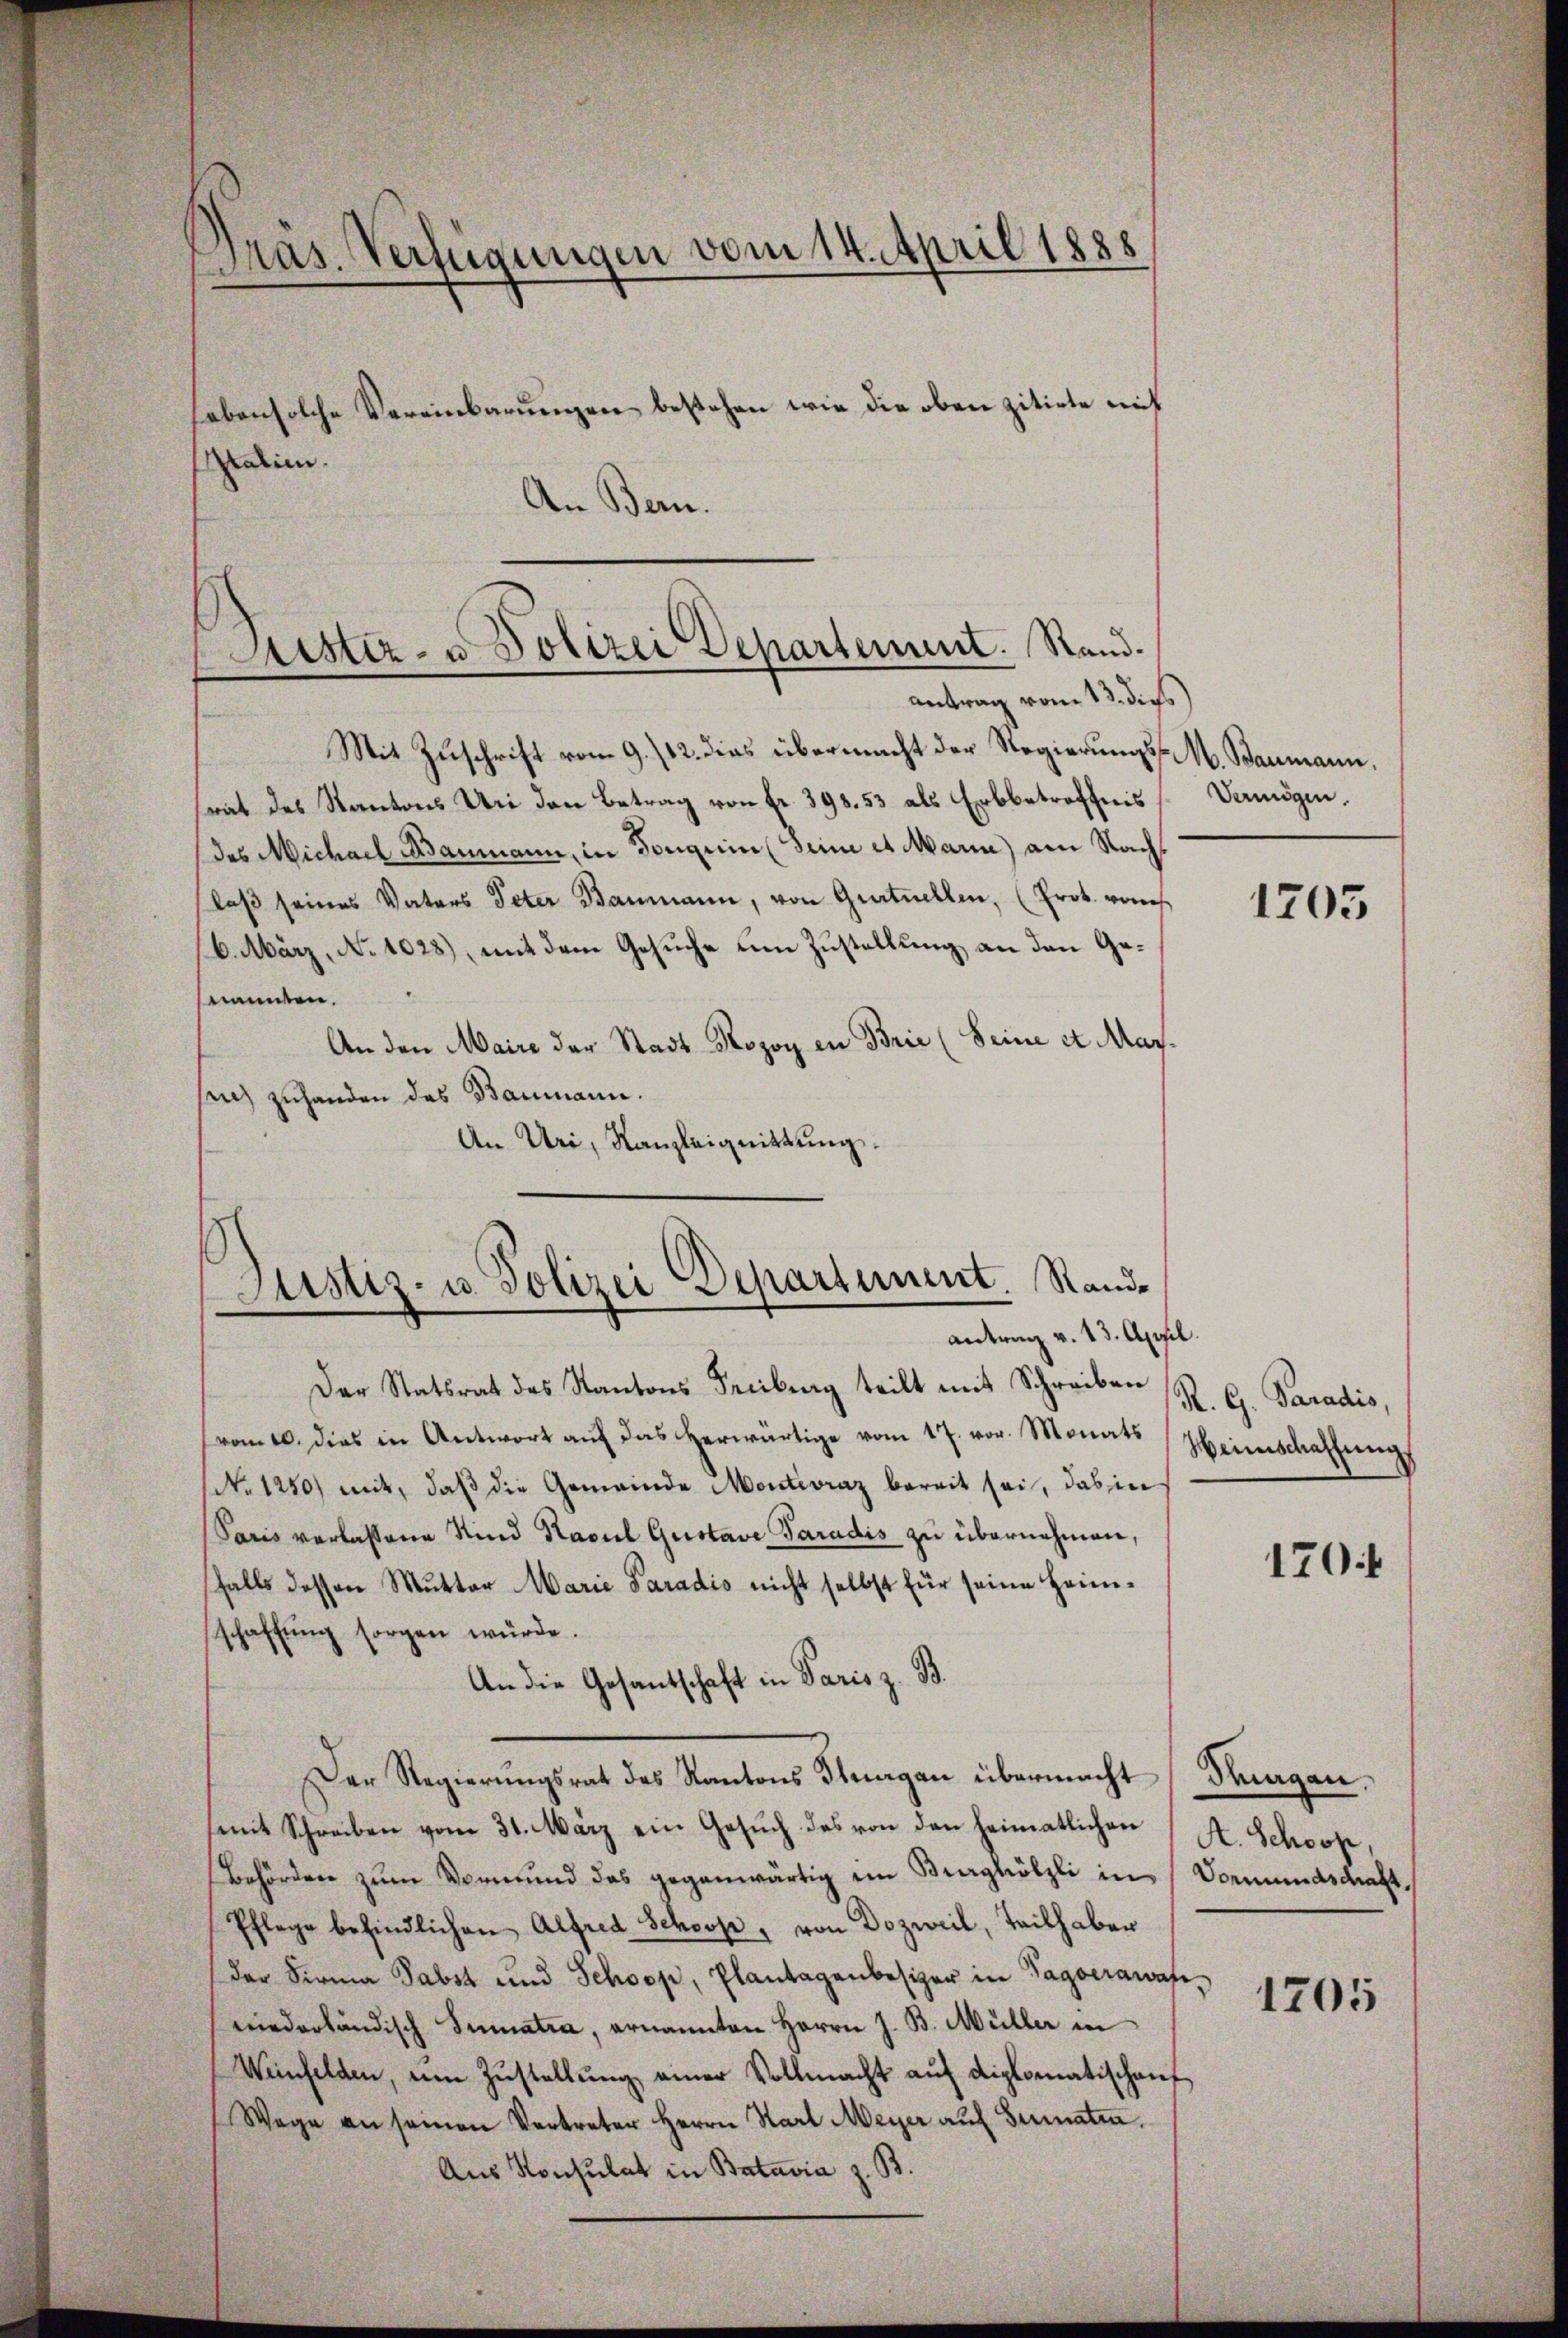
Präs. Verfügungen vom 14. April 1888
eben solche Vereinbarungen bestehen wie die oben zitirte mit
Italien.
An Bern.

Mit Zuschrift vom 9. /12. dies übermacht der Regierungsrat des Kantons Uri den Betrag von fr. 398. 53 als Erbbetreffnis
des Michael Baumann, in Fonguin (Seine et Mann) am Nachlaβ seines Vaters Peter Baumann, von Getuellen, (Prot. von
6. März, No 1023), mit dem Gesuche um Zustellung an den Genannten.
An den Maire der Stadt Rozoy in Brie (Seine et Marsich zuhanden das Baumann.
An Uri, Kanzleignittung

Sistiz- u. Polizei Departement. Stand.
antrag vom 13. dies

Justiz- u. Polizei Departement. Rand¬

antrag v. 13. April.

M. Baumann.
Vermögen.

Der Statsrat des Kantons Freiburg teilt mit Schreiben R. G. Paradis,
vom 10. dies in Antwort aŭf das herwärtige vom 17. vor. Monats Heimschaffung
(No 1250) mit, daß die Gemeinde Montiraz bereit sei, das in
Paris verlassene Kind Kasil Gustave Paradis zu übernehmen,
falls dessen Mutter Marie Paradis nicht selbst für seine Heimschaffung sorgen würde.
An die Gesantschaft in Paris z. B.
Der Regierungsrat des Kantons Stuargau übermacht
(mit Schreiben vom 31. März ein Gesuch des von den heimatlichen
Behörden zŭm Vormund das gegenwärtig im Burghölzli in Vormundskraft.
Pflege befindlichen Alfred Schoop, von Dozweil, Teilhaber
der Firma Pabst und Schoop, Plantagenbesizer in Tagoerawan
niederländisch Sumatra, ernannten Herrn J. B. Müller in
Weinfelden, um Zŭstellŭng einer Vollmacht aŭf diplomatischenf
Wege an seinen Vertreter Herrn Start Meyer aŭf Senaten.
Aus Konsulat in Batavia z. B.

1705

170 f

drungen.
A. Schoop.

1705